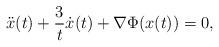
LaTeX: \begin{align*}\ddot{x}(t) + \frac{3}{t} \dot{x}(t) + \nabla \Phi (x(t)) = 0,\end{align*}